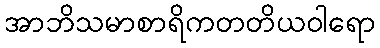
အာဘိသမာစာရိကတတိယဝါရော